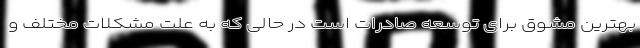
بهترین مشوق برای توسعه صادرات است در حالی که به علت مشکلات مختلف و